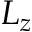
L _ { z }